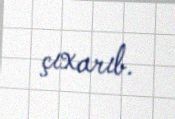
çıxarıb.